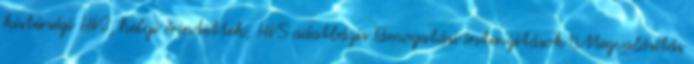
kistérségi HVI, helyi érintettek, HVS adatbázis Támogatási intenzitások ▪Megvalósítás